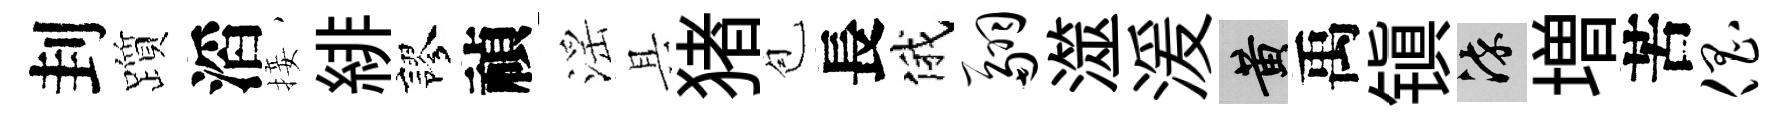
刲躓滔接緋謬禎滛具猪苞長俄翮澨湲黄禹镇染増苦倡